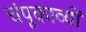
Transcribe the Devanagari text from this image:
चंपूकाव्यों